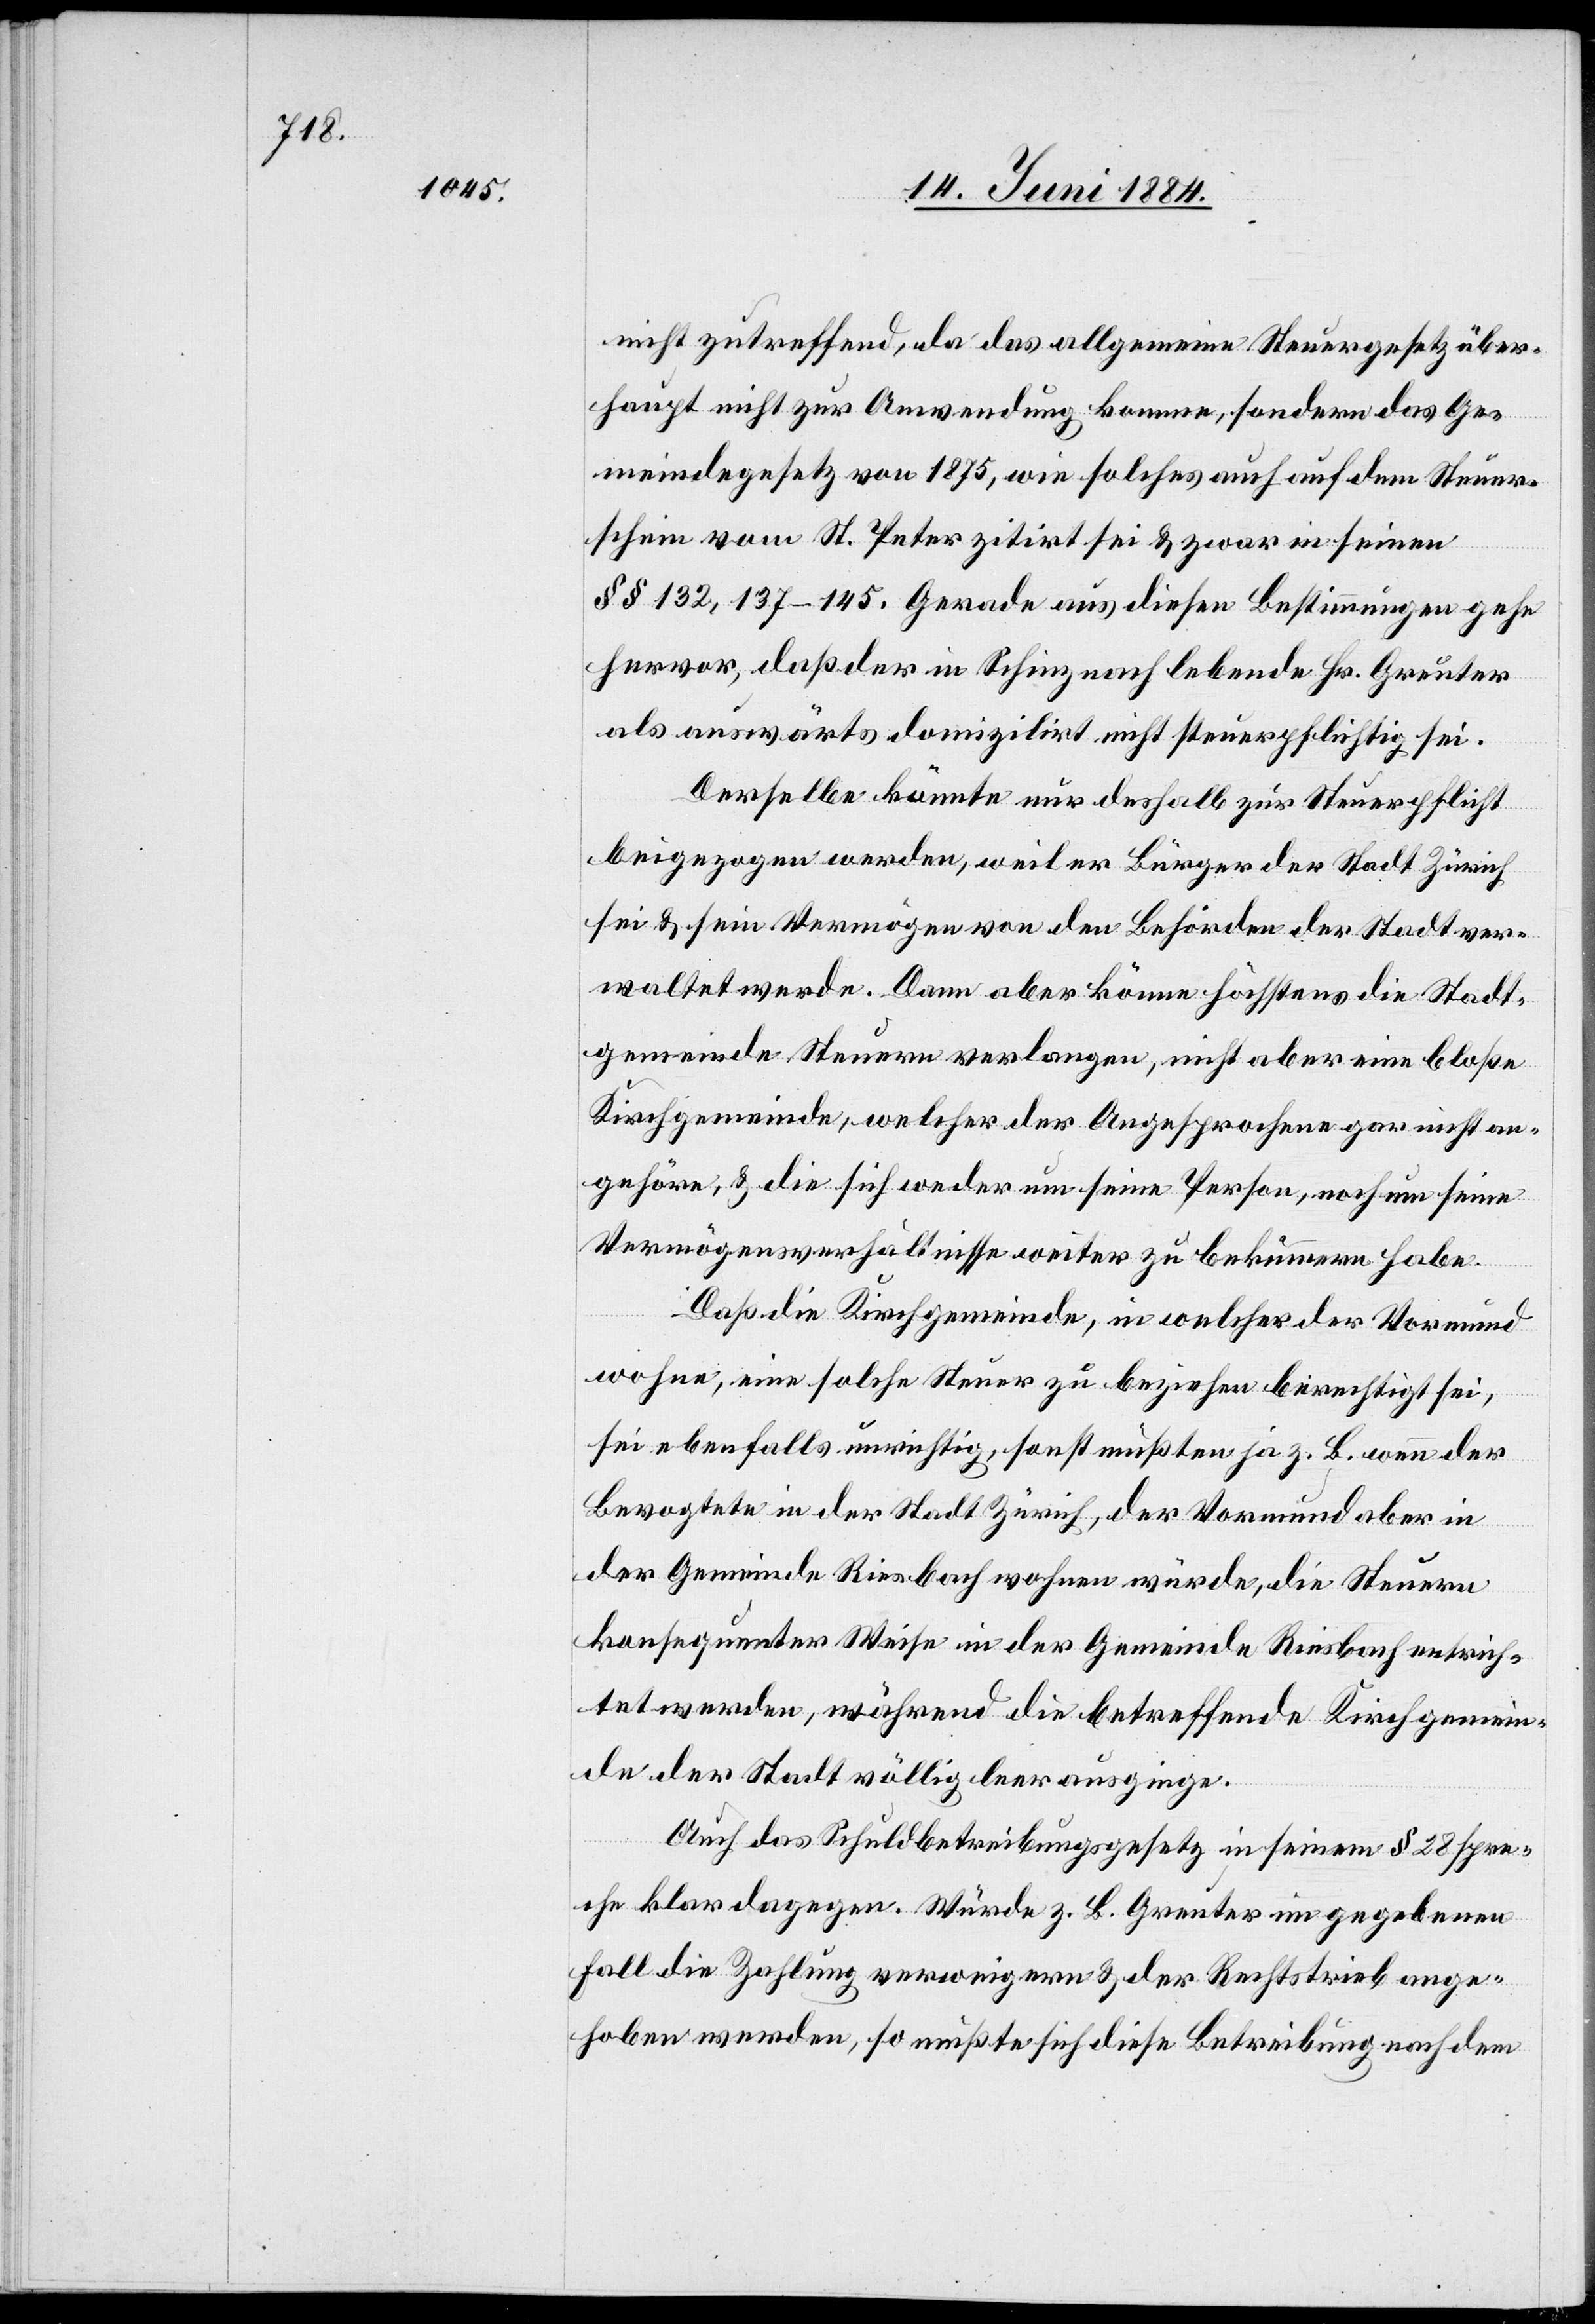
nicht zutreffend, da das allgemeine Steuergesetz über¬
haupt nicht zur Anwendung komme, sondern das Ge¬
meindegesetz von 1875, wie solches auch auf dem Steuer¬
schein vom St. Peter zitirt sei & zwar in seinen
§§ 132, 137–145. Gerade aus diesen Bestimmungen gehe
hervor, daß der in Schinznach lebende Hr. Greuter
als auswärts domizilirt nicht steuerpflichtig sei.
Derselbe könnte nur deshalb zur Steuerpflicht
beigezogen werden, weil er Bürger der Stadt Zürich
sei & sein Vermögen von den Behörden der Stadt ver¬
waltet werde. Dann aber könne höchstens die Stadt¬
gemeinde Steuern verlangen, nicht aber eine bloße
Kirchgemeinde, welcher der Angesprochene gar nicht an¬
gehöre, & die sich weder um seine Person, noch um seine
Vermögensverhältnisse weiter zu bekümmern habe.
Daß die Kirchgemeinde, in welcher der Vormund
wohne, eine solche Steuer zu beziehen berechtigt sei,
sei ebenfalls unrichtig, sonst müßten ja z. B. wenn der
Bevogtete in der Stadt Zürich, der Vormund aber in
der Gemeinde Riesbach wohnen würde, die Steuern
konsequenter Weise in der Gemeinde Riesbach entrich¬
tet werden, während die betreffende Kirchgemein¬
de der Stadt völlig leer ausginge.
Auch das Schuldbetreibungsgesetz in seinem § 28 spre¬
che klar dagegen. Würde z. B. Greuter im gegebenen
Fall die Zahlung verweigern & der Rechtstrieb ange¬
hoben werden, so müßte sich diese Betreibung nach dem